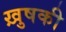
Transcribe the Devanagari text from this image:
ख़ुषकी